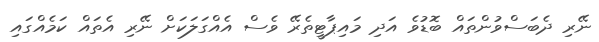
ނޭރި ދެބަސްވުންތައް ބޮޑުވެ އަދި މައިޕާޓީތެރޭ ވެސް އެއްގަލަކަށް ނޭރި އެތައް ކަމެއްގައި